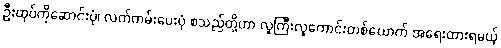
ဦးထုပ်ကိုဆောင်းပုံ၊ လက်ကမ်းပေးပုံ စသည်တို့ဟာ လူကြီးလူကောင်းတစ်ယောက် အရေးထားရမယ့်